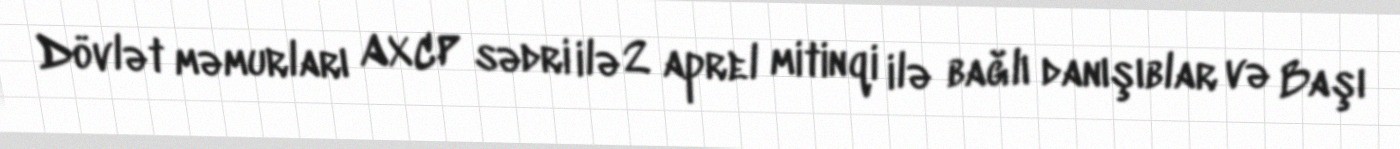
Dövlət məmurları AXCP sədri ilə 2 aprel mitinqi ilə bağlı danışıblar və Başı